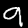
Label: 9